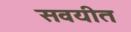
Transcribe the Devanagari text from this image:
सवयीत